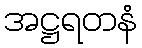
အဋ္ဌရတနံ